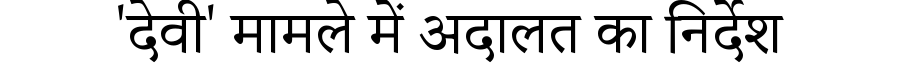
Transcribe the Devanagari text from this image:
'देवी' मामले में अदालत का निर्देश